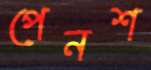
পেনশ